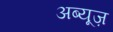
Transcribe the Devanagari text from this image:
अब्यूज़